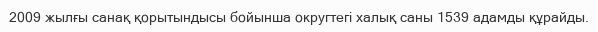
2009 жылғы санақ қорытындысы бойынша округтегі халық саны 1539 адамды құрайды.